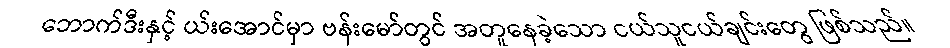
ဘောက်ဒီးနှင့် ယ်းအောင်မှာ ဗန်းမော်တွင် အတူနေခဲ့သော ငယ်သူငယ်ချင်းတွေ ဖြစ်သည်။